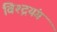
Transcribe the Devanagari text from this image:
विश्द्रयंग